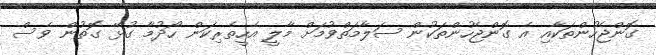
ގޮންޖެހުންތަކާއި އެ ގޮންޖެހުންތަކުން ސަލާމަތްވުމަށް މާލީ އެހީތެރިކަން ހޯދުމާ ގުޅޭ ގޮތުން ވެސް